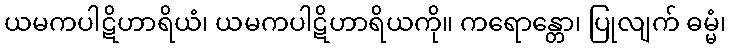
ယမကပါဋိဟာရိယံ၊ ယမကပါဋိဟာရိယကို။ ကရောန္တော၊ ပြုလျက် ဓမ္မံ၊